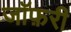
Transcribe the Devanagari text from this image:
जॉफ़री